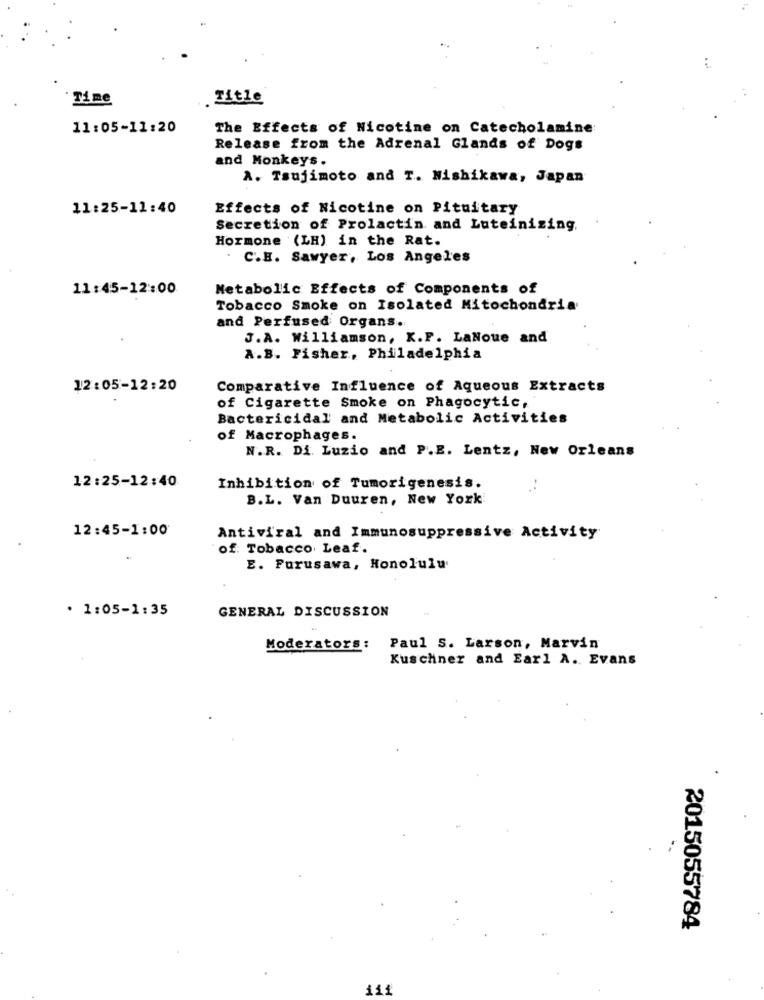
Time
Title
11:05-11:20
The Effects of Nicotine on Catecholamine
Release from the Adrenal Glands of Dogs
and Monkeys.
A. Tsujimoto and T. Nishikawa, Japan
11:25-11:40
Effects of Nicotine on Pituitary
Secretion of Prolactin and Luteinizing.
Hormone (LH) in the Rat.
C.H. Sawyer, Los Angeles
11:45-12:00
Metabolic Effects of Components of
Tobacco Smoke on Isolated Mitochondria
and Perfused Organs.
.
J.A. Williamson, K.F. LaNoue and
A.B. Fisher, Philadelphia
12:05-12:20
Comparative Influence of Aqueous Extracts
of Cigarette Smoke on Phagocytic,
Bactericidal' and Metabolic Activities
of Macrophages.
N.R. Di. Luzio and P.E. Lentz, New Orleans
12:25-12:40
Inhibition of Tumorigenesis.
B.L. Van Duuren, New York
12:45-1:00
Antiviral and Immunosuppressive Activity
of: Tobacco Leaf.
.
E. Purusawa, Honolulu'
· 1:05-1:35
GENERAL DISCUSSION
Moderators: Paul S. Larson, Marvin
Kuschner and Earl A. Evans
2015055784
.
111